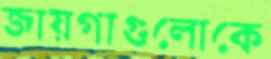
জায়গাগুলোকে